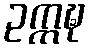
ဥက္ကဍ္ဎ